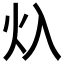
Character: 𱪡